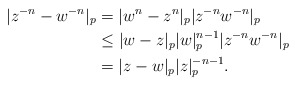
\begin{align*}|z^{-n}-w^{-n}|_p&=|{w^n-z^n}|_p|{z^{-n}w^{-n}}|_p\\&\leq|w-z|_p|w|_p^{n-1}|z^{-n}w^{-n}|_p\\&=|z-w|_p|z|_p^{-n-1}.\end{align*}